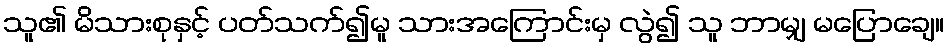
သူ၏ မိသားစုနှင့် ပတ်သက်၍မူ သားအကြောင်းမှ လွဲ၍ သူ ဘာမျှ မပြောချေ။